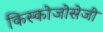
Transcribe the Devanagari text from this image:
किस्कोजोसेजी